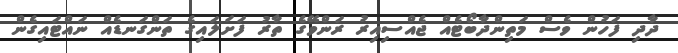
ދާދި ފަހުން ވެސް މަތިންދާބޯޓެއް ޖެއްސިއިރު ރަންވޭގެ ތާރު ފަށަލައިގެ ތަންގަނޑެއް ނައްޓައިގެން